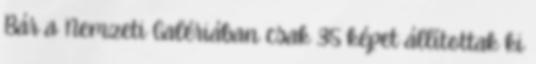
Bár a Nemzeti Galériában csak 35 képet állítottak ki